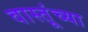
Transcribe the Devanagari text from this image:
वास्तूंच्या